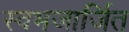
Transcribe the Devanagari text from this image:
स्वभजार्जित